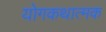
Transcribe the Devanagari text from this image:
योगकथात्मक